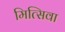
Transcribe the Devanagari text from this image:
मित्सिवा